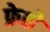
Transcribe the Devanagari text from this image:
फ्रेशे